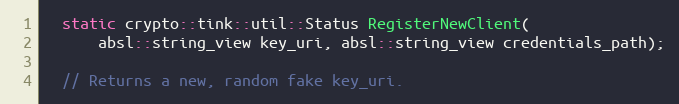
Language: C
  static crypto::tink::util::Status RegisterNewClient(
      absl::string_view key_uri, absl::string_view credentials_path);

  // Returns a new, random fake key_uri.